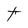
Character: t